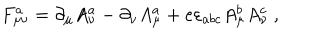
LaTeX: F _ { \mu \nu } ^ { a } = \partial _ { \mu } A _ { \nu } ^ { a } - \partial _ { \nu } A _ { \mu } ^ { a } + e \varepsilon _ { a b c } A _ { \mu } ^ { b } A _ { \nu } ^ { c } \ ,